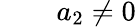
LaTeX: \qquad a_{2}\neq 0